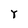
Character: r